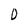
Character: 0